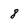
Character: 8